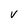
Character: V